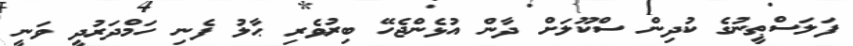
ފަލަސްޠީނުގެ ކުދިން ސްކޫލަށް ދާން އުޅެންޖެހޭ ބިރުވެރި ޙާލު ފެނި ހަމްދަރުދީ ވަނީ